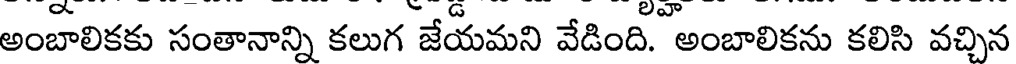
అంబాలికకు సంతానాన్ని కలుగ జేయమని వేడింది. అంబాలికను కలిసి వచ్చిన